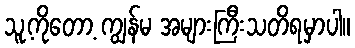
သူ့ကိုတော့ ကျွန်မ အများကြီးသတိရမှာပါ။